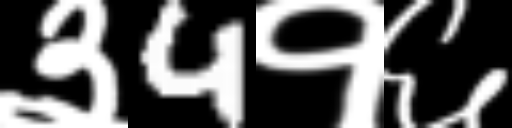
Text: ३4१६